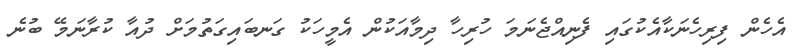
އެހެން ފިރިހެނަކާއެކުގައި ފެނިއްޖެނަމަ ހުރިހާ ދިމާއަކުން އެމީހަކު ގަނބައިގަތުމަށް ދުއާ ކުރާނަމޭ ބުނެ